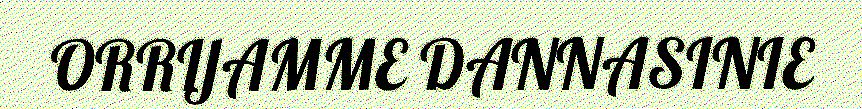
ORRIJAMME DANNASINIE